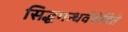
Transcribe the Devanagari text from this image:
सिद्धगन्धर्वसेविते